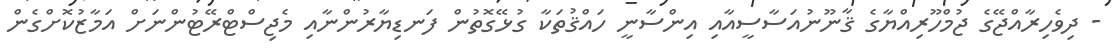
- ދިވެހިރާއްޖޭގެ ޖުމްހޫރިއްޔާގެ ޤާނޫނުއަސާސީއާއި އިންސާނީ ހައްޤުތަކާ ގުޅޭގޮތުން ފަނޑިޔާރުންނާއި މެޖިސްޓްރޭޓުންނަށް އަމާޒުކޮށްގެން